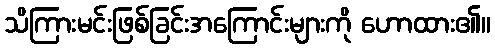
သိကြားမင်းဖြစ်ခြင်းအကြောင်းများကို ဟောထား၏။